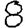
Digit: 8